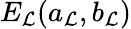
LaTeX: E_{\cal L}(a_{\cal L},b_{\cal L})